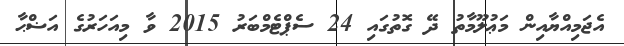
އެޖަމިއްޔާއިން މަޢުލޫމާތު ދޭ ގޮތުގައި 24 ސެޕްޓެމްބަރު 2015 ވާ މިއަހަރުގެ އަޟްޙާ